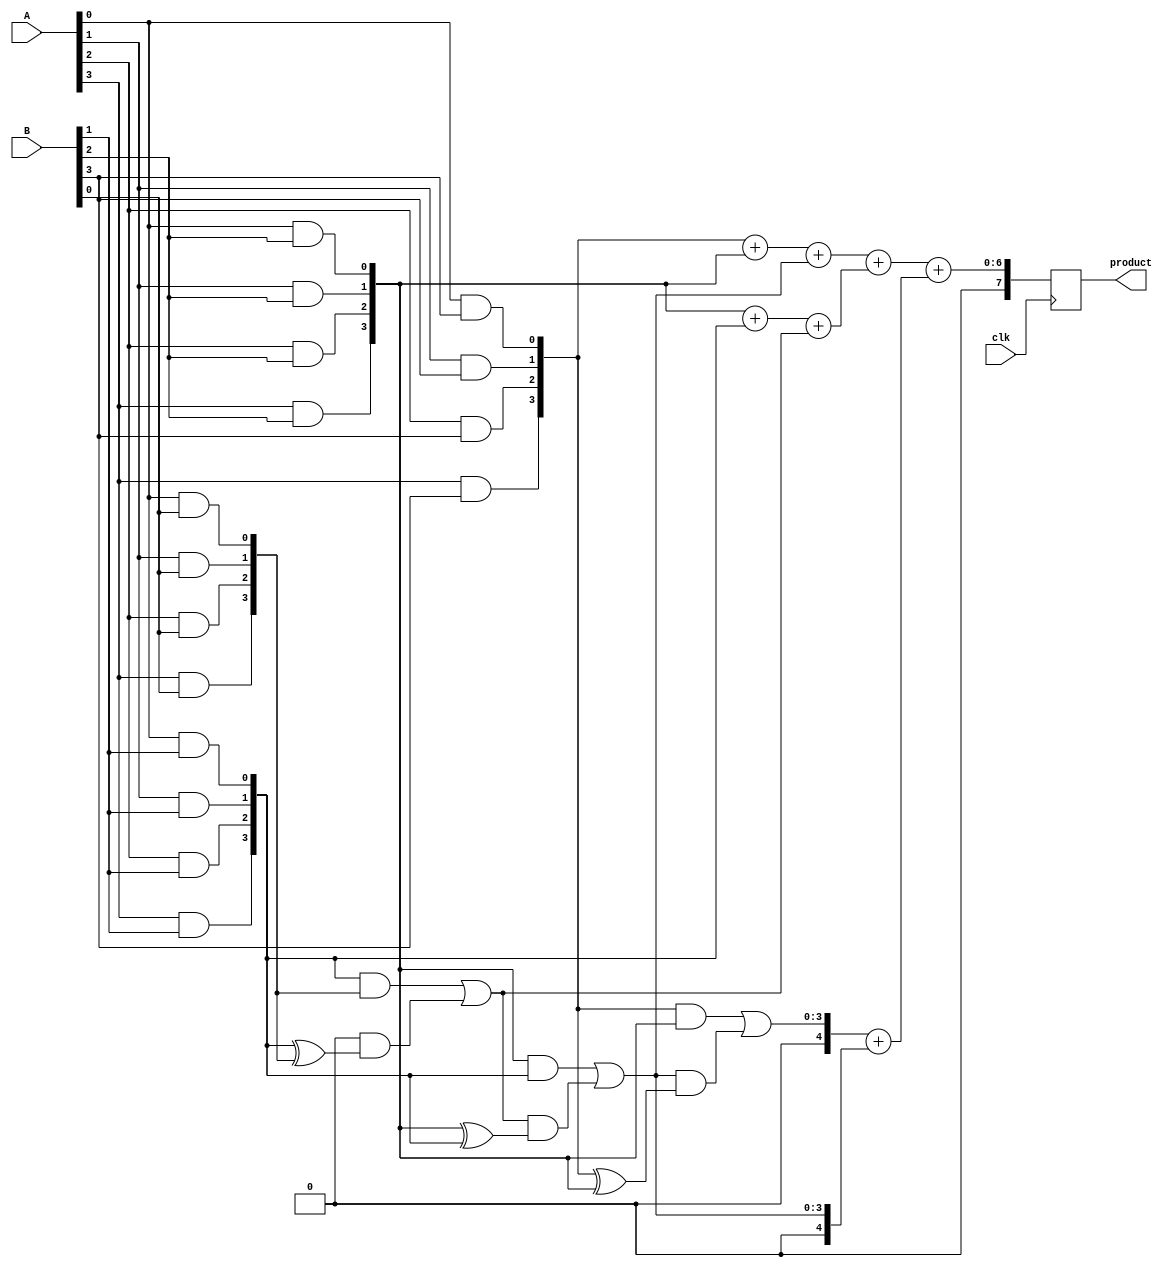
module WallaceTreeMultiplier #(parameter N = 4) (
    input wire clk,
    input wire [N-1:0] A,
    input wire [N-1:0] B,
    output reg [2*N-1:0] product
);

    // Internal signals
    wire [N-1:0] partial_products[N-1:0];
    wire [N:0] sum[N-1:0];
    wire [N:0] carry[N-1:0];
    reg [2*N-1:0] final_sum;
    reg [N:0] final_carry;

    // Generate partial products
    genvar i, j;
    generate
        for (i = 0; i < N; i = i + 1) begin : pp_gen
            for (j = 0; j < N; j = j + 1) begin : pp_and
                assign partial_products[i][j] = A[j] & B[i];
            end
        end
    endgenerate

    // Wallace Tree Reduction
    // Stage 1: Combine partial products using half adders and full adders
    generate
        for (i = 0; i < N; i = i + 1) begin : reduction_stage
            if (i == 0) begin
                assign sum[i] = {1'b0, partial_products[i]};
                assign carry[i] = 0;
            end else begin
                // Half adder for the first two bits
                if (i < N) begin
                    assign sum[i] = partial_products[i] + partial_products[i-1] + carry[i-1];
                    assign carry[i] = (partial_products[i] & partial_products[i-1]) | (carry[i-1] & (partial_products[i] ^ partial_products[i-1]));
                end
            end
        end
    endgenerate

    // Final addition stage
    always @(posedge clk) begin
        // Combine the last two rows of sums and carries
        final_sum = sum[N-1] + sum[N-2];
        final_carry = carry[N-1] + carry[N-2];

        // Store the final product
        product <= final_sum + final_carry;
    end

endmodule